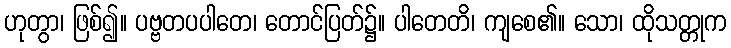
ဟုတွာ၊ ဖြစ်၍။ ပဗ္ဗတပပါတေ၊ တောင်ပြတ်၌။ ပါတေတိ၊ ကျစေ၏။ သော၊ ထိုသတ္တုက